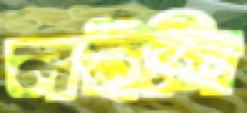
লইলি